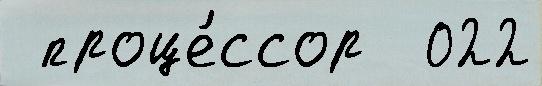
 проце́ссор  022